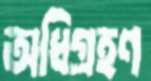
অধিগ্রহণ